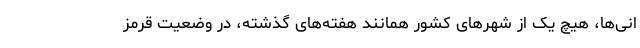
انی‌ها، هیچ یک از شهرهای کشور همانند هفته‌های گذشته، در وضعیت قرمز